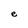
Character: e